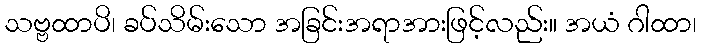
သဗ္ဗထာပိ၊ ခပ်သိမ်းသော အခြင်းအရာအားဖြင့်လည်း။ အယံ ဂါထာ၊